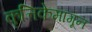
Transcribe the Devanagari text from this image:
कृत्तिकेमागून